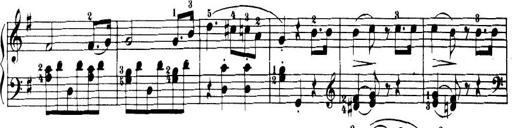
Title: 32 Sonatinas and Rondos for the Piano
Composer: Richard Kleinmichel